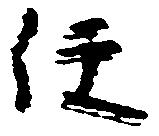
任